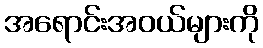
အရောင်းအဝယ်များကို